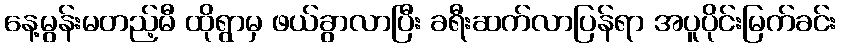
နေ့မွန်းမတည့်မီ ထိုရွာမှ ဖယ်ခွာလာပြီး ခရီးဆက်လာပြန်ရာ အပူပိုင်းမြက်ခင်း